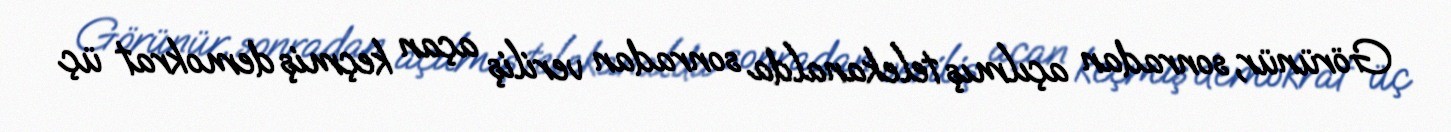
Görünür, sonradan açılmış telekanalda sonradan veriliş açan keçmiş demokrat üç